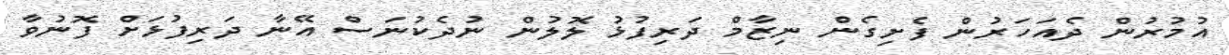
އުމުރުން ދެއަހަރުން ފެށިގެން ނިޒާމް ދަރިފުޅު ލޮލުން ނުދެކުނަސް އޭނާ ދަރިފުޅަށް ފޮނުވާ